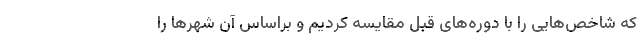
که شاخص‌هایی را با دوره‌های قبل مقایسه کردیم و براساس آن شهرها را